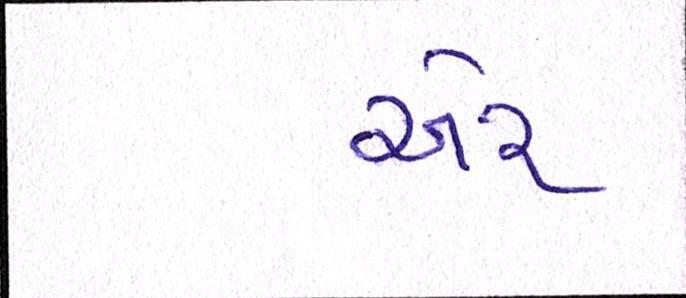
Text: ઍર